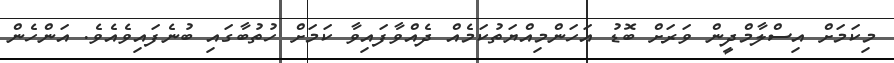
މިކަމަށް އިސްލާމްދީން ވަރަށް ބޮޑު އަހަންމިއްޔަތުކަމެއް ދެެއްވާފައިވާ ކަމަށް ހުތުބާގައި ބުނެފައިވެއެވެ. އަންހެން